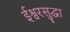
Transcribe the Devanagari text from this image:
ईश्वरसुद्धा